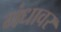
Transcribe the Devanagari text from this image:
गंधावर